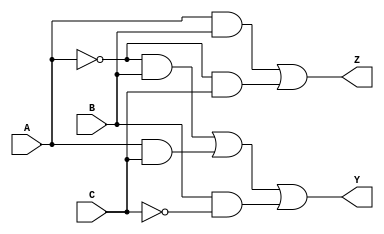
module combinational_logic_block (
    input wire A,   // Input A
    input wire B,   // Input B
    input wire C,   // Input C
    output wire Y,  // Output Y
    output wire Z   // Output Z
);

// Intermediate signals for reduced logic implementation
wire A_not;   // A'
wire B_not;   // B'
wire C_not;   // C'
wire term1;   // A'B
wire term2;   // AC
wire term3;   // BC'
wire term4;   // AB
wire term5;   // A'C

// Logic for output Y
assign A_not = ~A;          // NOT A
assign B_not = ~B;          // NOT B
assign C_not = ~C;          // NOT C

assign term1 = A_not & B;  // A'B
assign term2 = A & C;      // AC
assign term3 = B & C_not;  // BC'
assign Y = term1 | term2 | term3; // Y = A'B + AC + BC'

// Logic for output Z
assign term4 = A & B;      // AB
assign term5 = A_not & C;  // A'C
assign Z = term4 | term5;  // Z = AB + A'C

endmodule